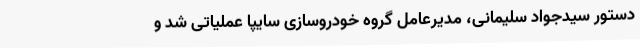
دستور سیدجواد سلیمانی، مدیرعامل گروه خودروسازی سایپا عملیاتی شد و